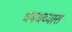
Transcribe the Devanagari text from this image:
धबधब्यास